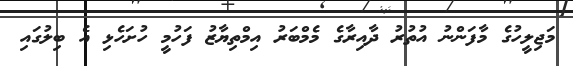
މަޖިލީހުގެ މާފަންނު އުތުރު ދާއިރާގެ މެމްބަރު އިމްތިޔާޒު ފަހުމީ ހުށަހެޅި އެ ބިލުގައި